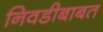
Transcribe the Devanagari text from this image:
निवडीबाबत